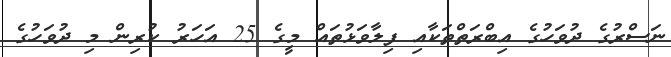
ނަސްރުގެ ދުވަހުގެ އިބްރަތްތަކާއި ފިލާވަޅުތައް މީގެ 25 އަހަރު ކުރިން މި ދުވަހުގެ